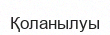
Қоланылуы